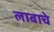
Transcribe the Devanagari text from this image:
लावाचे